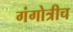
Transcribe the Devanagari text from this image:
गंगोत्रीच